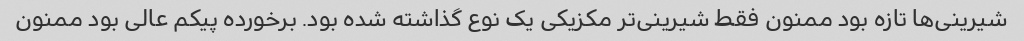
شیرینی‌ها تازه بود ممنون فقط شیرینی‌تر مکزیکی یک نوع گذاشته شده بود. برخورده پیکم عالی بود ممنون